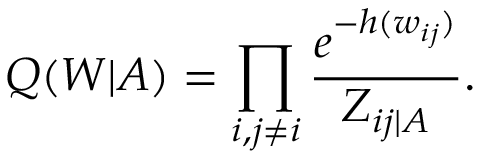
Q ( W | A ) = \prod _ { i , j \neq i } \frac { e ^ { - h ( w _ { i j } ) } } { Z _ { i j | A } } .